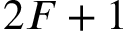
2 F + 1